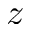
z